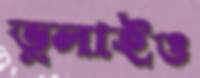
ভুলাইও